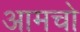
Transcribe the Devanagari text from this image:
आमचो